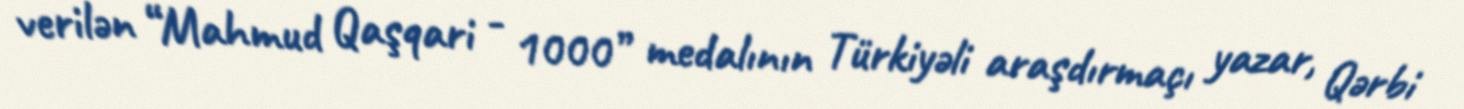
verilən “Mahmud Qaşqari - 1000” medalının Türkiyəli araşdırmaçı yazar, Qərbi